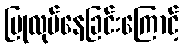
ပြုလုပ်နေခြင်းကြောင့်